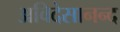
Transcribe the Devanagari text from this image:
अविदेसानन्द